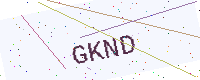
Text: GKND